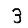
Digit: 3